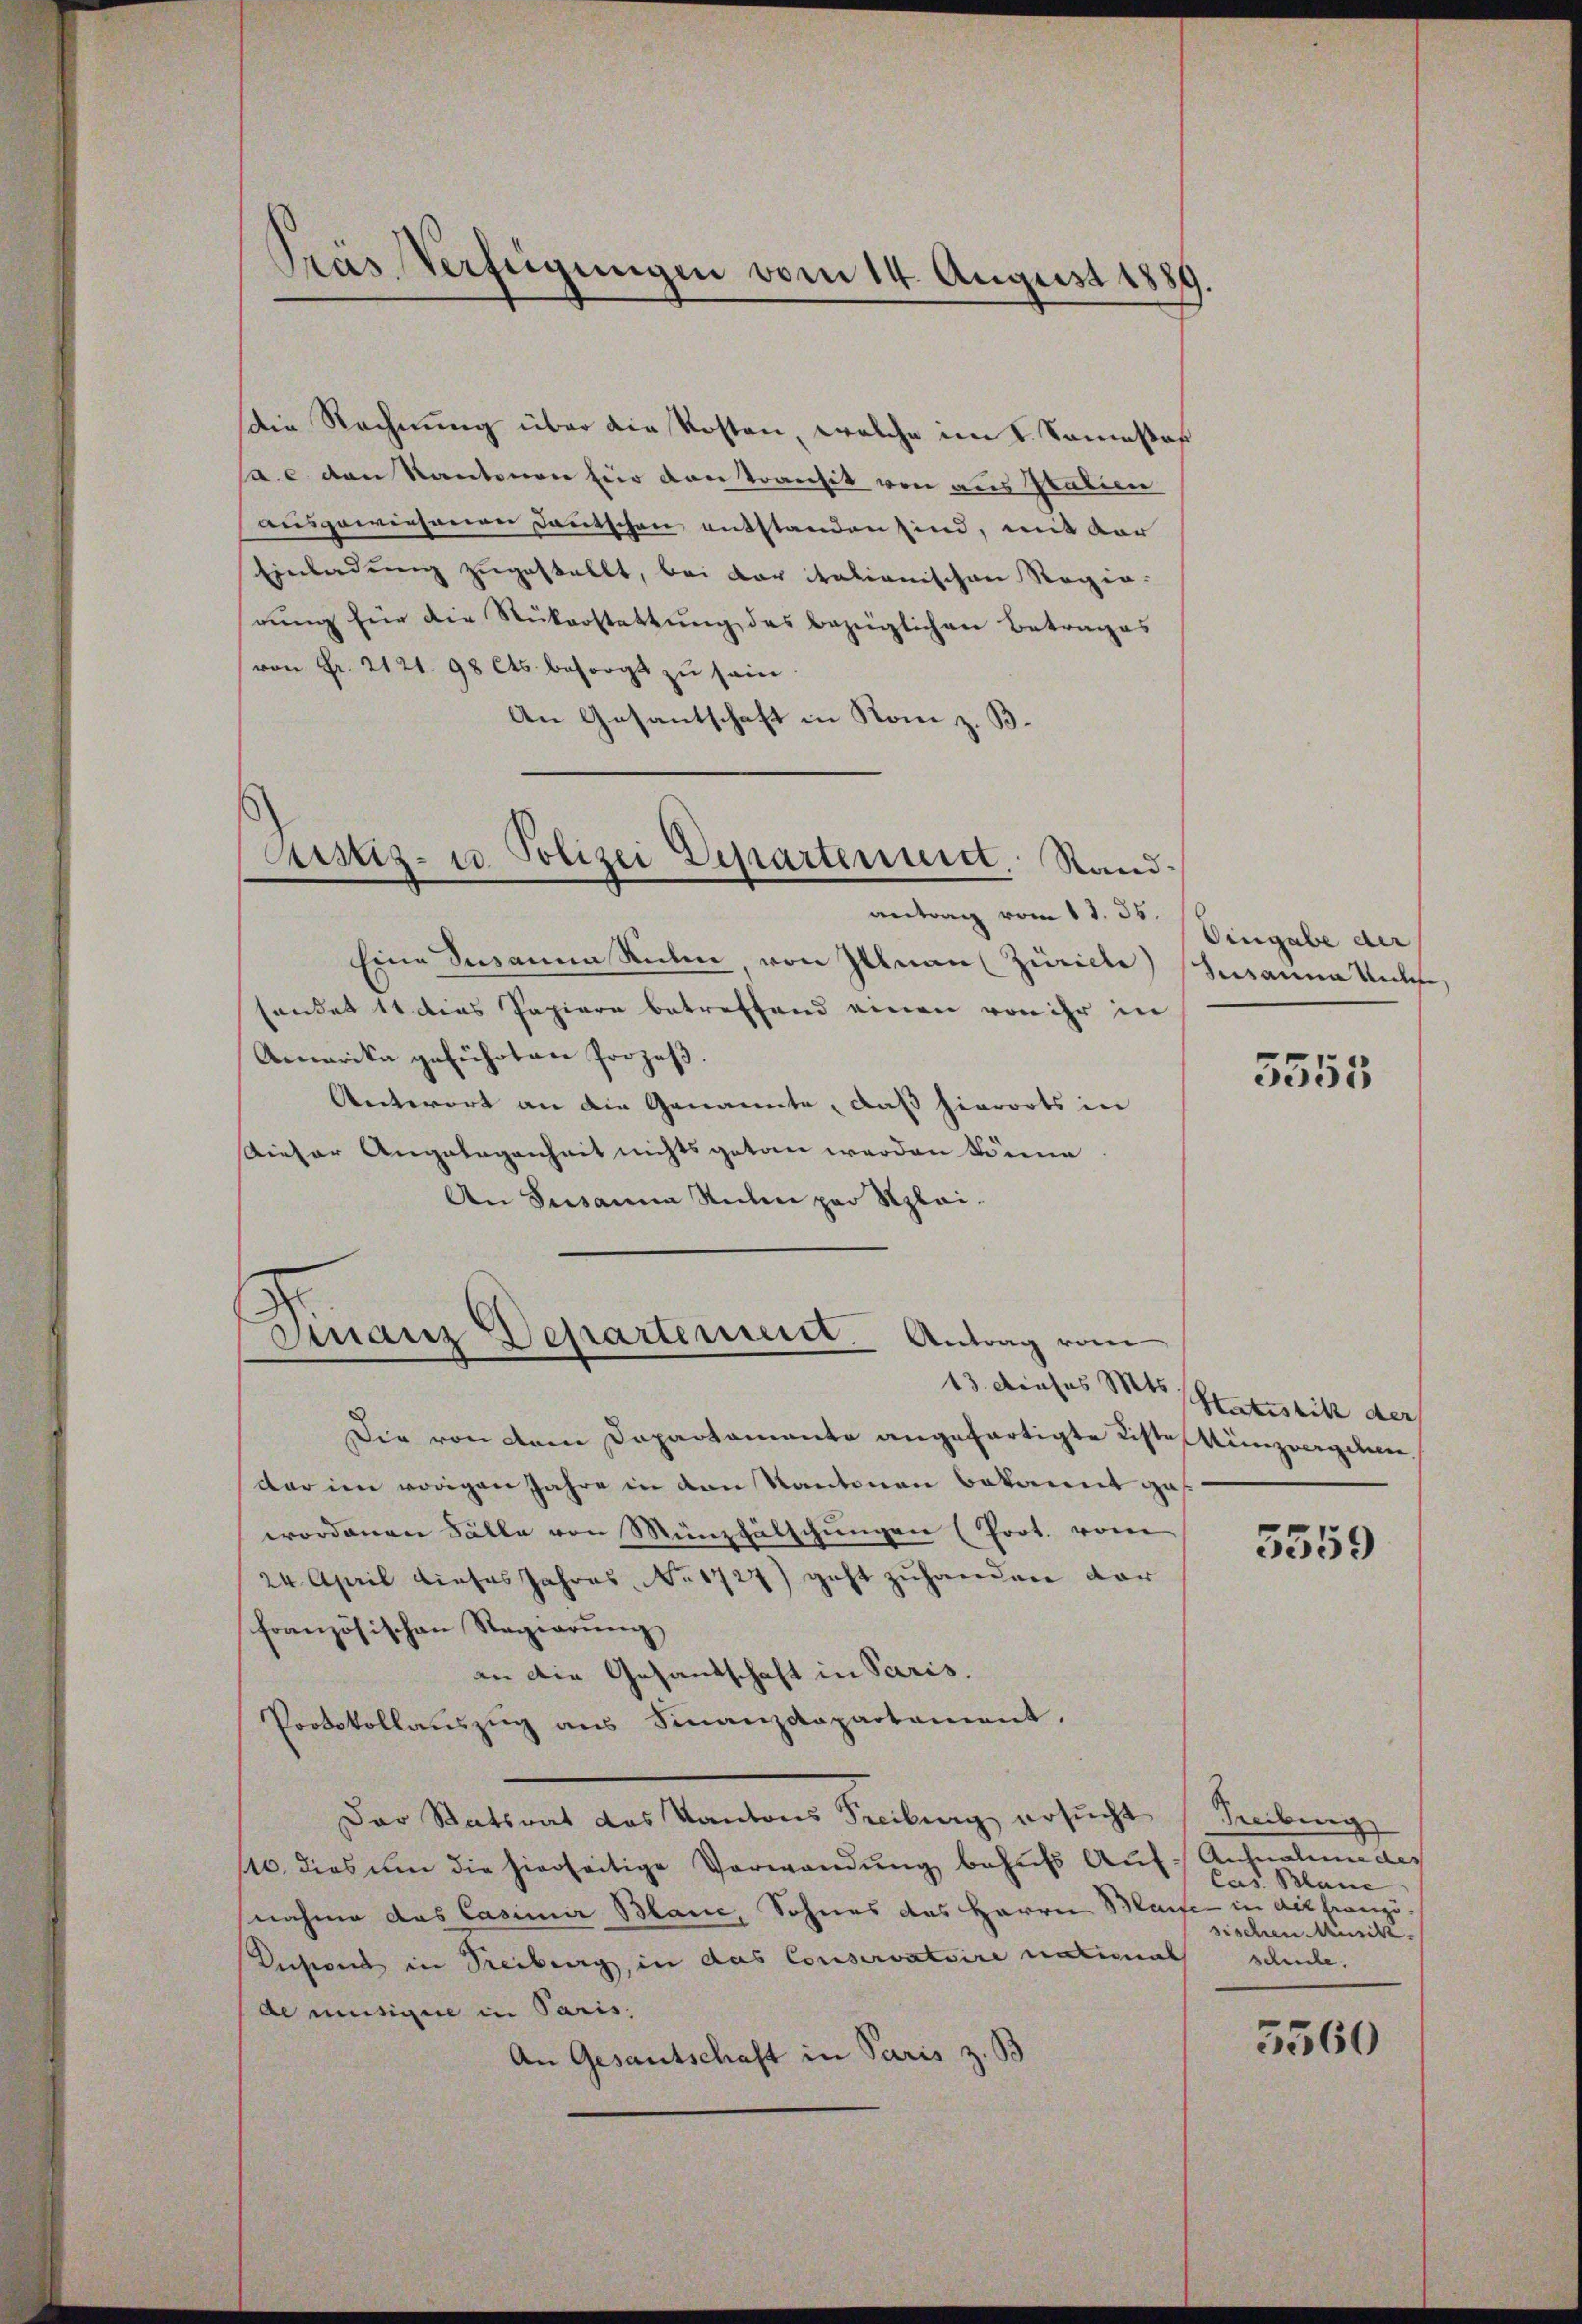
Pras Verfügungen vom 14. August 1881

Die Rechnung über die Kosten, welche im I. Sommesaß
a.c. den Kantonen für von Transit von aus Italien
ausgewiesenen Deutschen entstanden sind, mit der
Einladung zugestellt, bei der itationischen Regierung für die Rükerstattung des bezüglichen Betrages
von Fr. 2121. 98 Cts. besorgt zŭ sein.
An Gesantschaft in Rom z. B.

Eine Zusame Stichen, von Illnau Zürich)
sendet 11 dies Papiere betreffend einen von ihr in
Amarika geführten Prozeβ.
Antwort an die Genannte, daß hierorts in
Dieser Angelegenheit nichts getan werden könne
An Susanne unten par Klei¬

Astiz- u. Polizei Departenuit. Standantrag vom 11. 35.

Finanz Departement. Antrag vom

Die von dem Departamente angefertigte Riste Kinzvergeben.
dar im vorigen Jahre in den Kantonen bekannt ga
wordenen Fälle von Münzfälschungen (Prot. vom
24. April dieses Jahres No. 1727) geht zuhanden dar
französischen Regierung
an die Gesandschaft in Paris.
Protokollauszug aus Finanzdepartement.
Der Statsrat das Kantons Freiburg ersucht (Seibung
110. dies um die hierseitige Verwandŭng behufs Auf Ausnahme des
nahme das Casimir Blanc, Sohnes das Herrn Maife in die franzö¬
Dersend in Treiburg, in das Conservatoire naturnal schule.
de mutige in Paris,
An Gesantschaft in Paris z. B

Eingabe der
Susanna Mülle

5555

13. dieses Mts. Statistik der

3359

Cas Blaue
sischen Musik.

5560